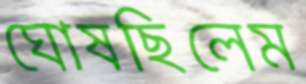
ঘোষছিলেম